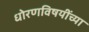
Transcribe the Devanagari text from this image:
धोरणविषयींच्या